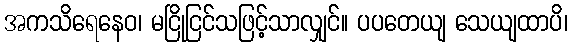
အကသိရေနေဝ၊ မငြိုငြင်သဖြင့်သာလျှင်။ ပပတေယျ သေယျထာပိ၊